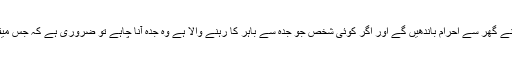
۳- اہل علم کا کہنا ہے کہ جدہ میقات کے اندر ہے لہذا اہل جدہ اپنے گھر سے احرام باندھیں گے اور اگر کوئی شخص جو جدہ سے باہر کا رہنے والا ہے وہ جدہ آنا چاہے تو ضروری ہے کہ جس میقات سے گزر رہا ہو وہاں سے احرام باندھ کر جدہ میں داخل ہو ۔